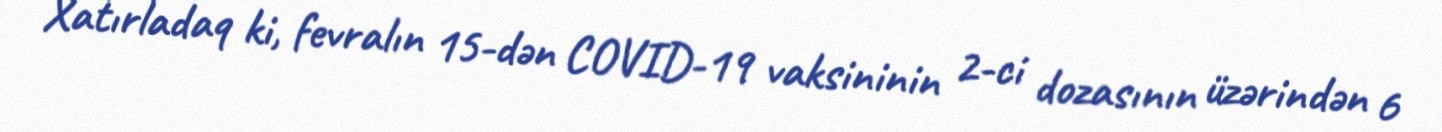
Xatırladaq ki, fevralın 15-dən COVID-19 vaksininin 2-ci dozasının üzərindən 6